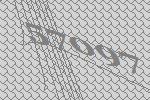
57097